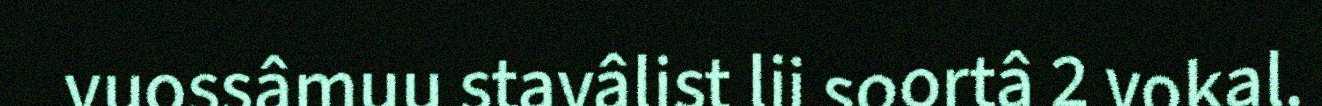
vuossâmuu stavâlist lii soortâ 2 vokal.